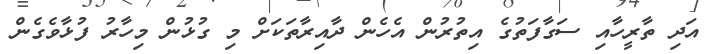
އަދި ތާރީހާއި ސަގާފަތުގެ އިތުރުން އެހެން ދާއިރާތަކަށް މި ގުޅުން މިހާރު ފުޅާވެގެން